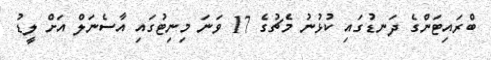
ބްރައިޓަންގެ ދަނޑުގައި ކުޅުނު މެޗުގެ 17 ވަނަ މިނިޓުގައި އާސެނަލް އަށް ލީޑު